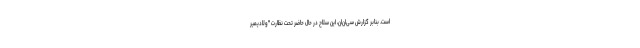
است. بنابر گزارش سی‌ان‌ان، این سلاح در حال حاضر تحت نظارت "ولادیمیر